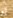
لو